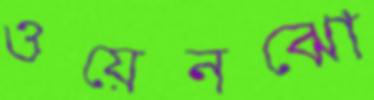
ওয়েনঝো